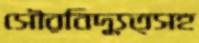
সৌরবিদ্যুত্সহ